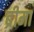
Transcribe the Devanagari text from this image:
ब्रीमा